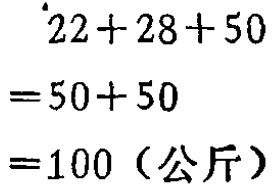
\[
\begin{align*}
22 + 28+50&=50 + 50\\
&=100(\text{公斤})
\end{align*}
\]